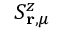
S _ { \mathbf { r } , \mu } ^ { z }